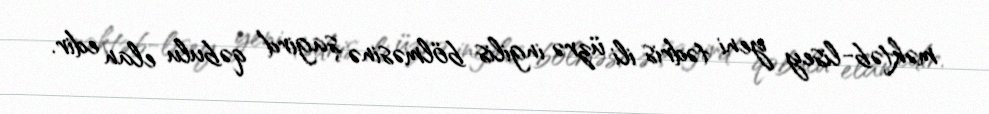
məktəb-lisey yeni tədris ili üzrə ingilis bölməsinə şagird qəbulu elan edir.